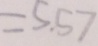
= 5 . 5 7